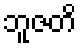
ဘူဇတိ